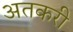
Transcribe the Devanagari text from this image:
अतकरी